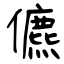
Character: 儦